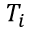
T _ { i }